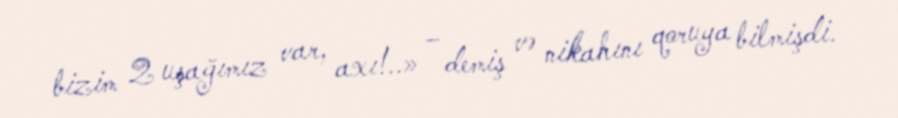
bizim 2 uşağımız var, axı!..» – demiş və nikahını qoruya bilmişdi.